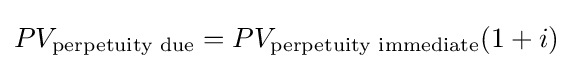
PV_{\text{perpetuity due}}=PV_{\text{perpetuity immediate}}(1+i)\,\!